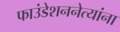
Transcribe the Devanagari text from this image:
फाउंडेशननेत्यांना